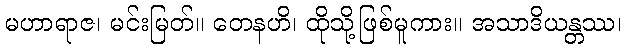
မဟာရာဇ၊ မင်းမြတ်။ တေနဟိ၊ ထိုသို့ဖြစ်မူကား။ အသာဒိယန္တဿ၊